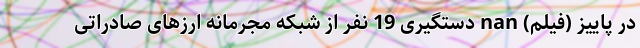
در پاييز (فیلم) nan دستگیری 19 نفر از شبکه مجرمانه ارز‌های صادراتی